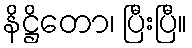
နိဋ္ဌိတော၊ ပြီးပြီ။